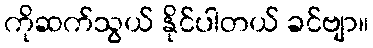
ကိုဆက်သွယ် နိုင်ပါတယ် ခင်ဗျာ။